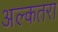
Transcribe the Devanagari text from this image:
अल्कतरा